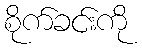
စိုက်ခင်းကို